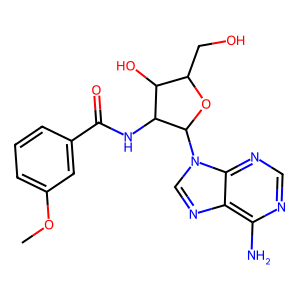
SMILES: COc1cccc(C(=O)NC2C(O)C(CO)OC2n2cnc3c(N)ncnc32)c1
Inhibits HIV replication: No